Investigations on Bengal jail dietaries - Number 37
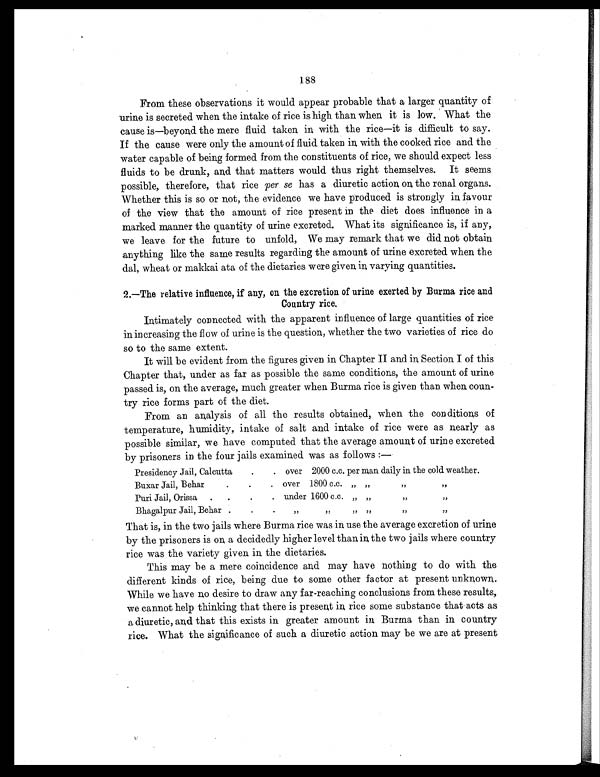
188
From these observations it would appear probable that a larger quantity of
urine is secreted when the intake of rice is high than when it is low. What the
cause is—beyond the mere fluid taken in with the rice—it is difficult to say.
If the cause were only the amount of fluid taken in with the cooked rice and the
water capable of being formed from the constituents of rice, we should expect less
fluids to be drunk, and that matters would thus right themselves. It seems
possible, therefore, that rice per se has a diuretic action on the renal organs.
Whether this is so or not, the evidence we have produced is strongly in favour
of the view that the amount of rice present in the diet does influence in a
marked manner the quantity of urine excreted. What its significance is, if any,
we leave for the future to unfold, We may remark that we did not obtain
anything like the same results regarding the amount of urine excreted when the
dal, wheat or makkai ata of the dietaries were given in varying quantities.
2.—The relative influence, if any, on the excretion of urine exerted by Burma rice and
Country rice.
Intimately connected with the apparent influence of large quantities of rice
in increasing the flow of urine is the question, whether the two varieties of rice do
so to the same extent.
It will be evident from the figures given in Chapter II and in Section I of this
Chapter that, under as far as possible the same conditions, the amount of urine
passed is, on the average, much greater when Burma rice is given than when coun-
try rice forms part of the diet.
From an analysis of all the results obtained, when the conditions of
temperature, humidity, intake of salt and intake of rice were as nearly as
possible similar, we have computed that the average amount of urine excreted
by prisoners in the four jails examined was as follows:—
Presidency Jail, Calcutta
.
. over 2000 c.c. per man daily in the cold weather.
Buxar Jail, Behar
.
.
. over 1800 c.c. „ „
„ „
Puri Jail, Orissa .
.
.
. under 1600 c.c. „ „
„ „
Bhagalpur Jail, Behar .
.
.
„ „ „ „ „ „
That is, in the two jails where Burma rice was in use the average excretion of urine
by the prisoners is on a decidedly higher level than in the two jails where country
rice was the variety given in the dietaries.
This may be a mere coincidence and may have nothing to do with the
different kinds of rice, being due to some other factor at present unknown.
While we have no desire to draw any far-reaching conclusions from these results,
we cannot help thinking that there is present in rice some substance that acts as
a diuretic, and that this exists in greater amount in Burma than in country
rice. What the significance of such a diuretic action may be we are at present